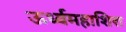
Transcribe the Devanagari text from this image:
ऊर्ध्वमहाशिरा